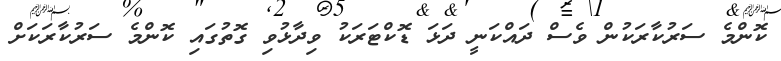
ކޮންމެ ސަރުކާރަކުން ވެސް ދައްކަނީ ދަޅަ ޑޮކްޓަރަކު ވިދާޅުވި ގޮތުގައި ކޮންމެ ސަރުކާރަކަށް